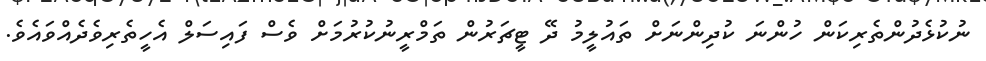
ނުކުޅެދުންތެރިކަން ހުންނަ ކުދިންނަށް ތައުލީމު ދޭ ޓީޗަރުން ތަމްރީނުކުރުމަށް ވެސް ފައިސަލް އެހީތެރިވެދެއްވައެވެ.